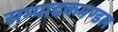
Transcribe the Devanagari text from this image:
सम्पादकमण्डल